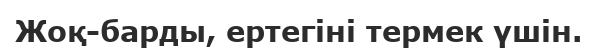
Жоқ-барды, ертегіні термек үшін.